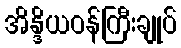
အိန္ဒိယဝန်ကြီးချုပ်